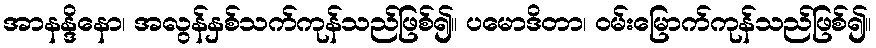
အာနန္ဒိနော၊ အလွန်နှစ်သက်ကုန်သည်ဖြစ်၍။ ပမောဒိတာ၊ ဝမ်းမြောက်ကုန်သည်ဖြစ်၍။